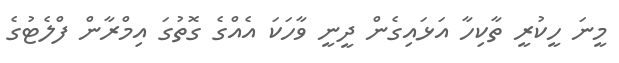
މީނަ ހީކުރީ ތާކިހާ އަޅައިގެން ދީނީ ވާހަކަ އެއްގެ ގޮތުގަ އިމްރާން ފްލެޓުގެ